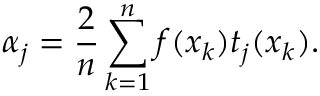
\alpha _ { j } = \frac { 2 } { n } \sum _ { k = 1 } ^ { n } f ( x _ { k } ) t _ { j } ( x _ { k } ) .